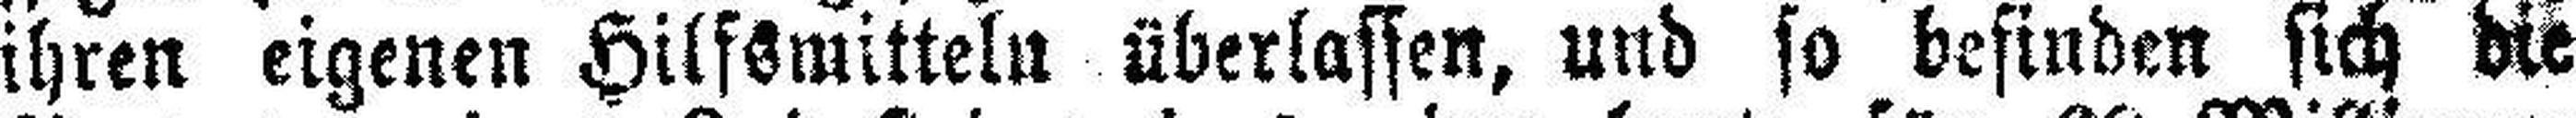
ihren eigenen Hilfsmitteln überlassen, und so befinden sich die